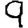
Digit: 9